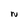
Character: N